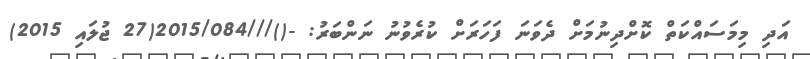
އަދި މިމަސައްކަތް ކޮށްދިނުމަށް ދެވަނަ ފަހަރަށް ކުރެވުނު ނަންބަރު: -()///2015/084(27 ޖުލައި 2015)